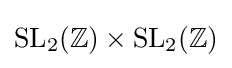
\mathrm {SL} _{2}(\mathbb {Z} )\times \mathrm {SL} _{2}(\mathbb {Z} )